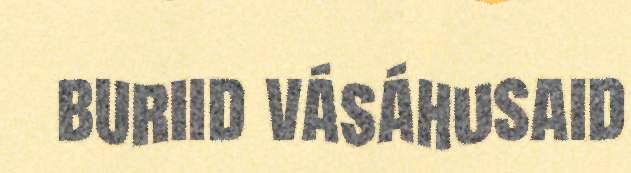
buriid vásáhusaid